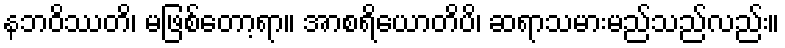
နဘဝိဿတိ၊ မဖြစ်တော့ရာ။ အာစရိယောတိပိ၊ ဆရာသမားမည်သည်လည်း။